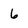
Character: 6